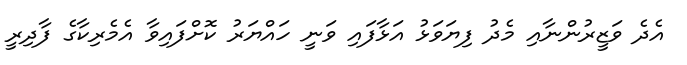
އެދެ ވަޒީރުންނާއި މެދު ފިޔަވަޅު އަޅާފައި ވަނީ ހައްޔަރު ކޮށްފައިވާ އެމެރިކާގެ ފާދިރީ